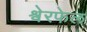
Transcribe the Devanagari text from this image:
श्वेरफेल